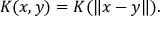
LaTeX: K ( x , y ) = K ( \| x - y \| ) .